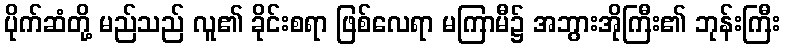
ပိုက်ဆံတို့ မည်သည် လူ၏ ခိုင်းစရာ ဖြစ်လေရာ မကြာမီ၌ အဘွားအိုကြီး၏ ဘုန်းကြီး